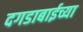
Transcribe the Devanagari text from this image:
दगडाबाईच्या